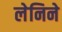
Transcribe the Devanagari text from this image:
लेनिने